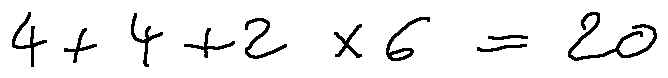
4 + 4 + 2 \times 6 = 2 0